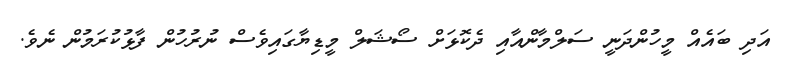
އަދި ބައެއް މީހުންދަނީ ސަލްމާންއާއި ދެކޮޅަށް ސޯޝަލް މީޑިޔާގައިވެސް ނުރުހުން ފާޅުކުރަމުން ނެވެ.